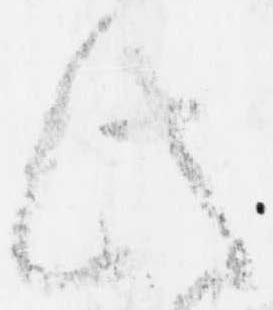
此